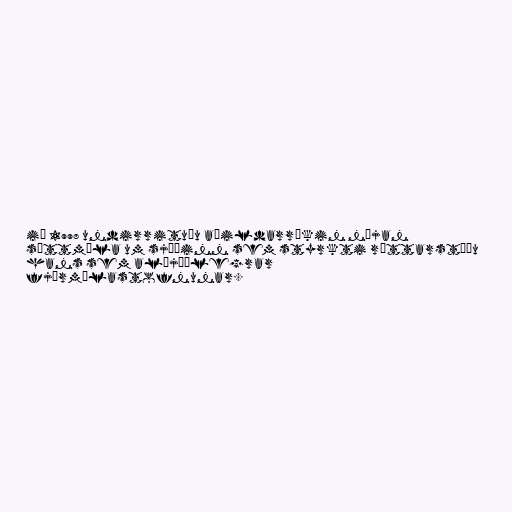
ið 1998 undirrituðu aðildarríkin nýjan
sáttmála um sjóðinn sem styrkti réttarstöðu
hans sem alþjóðlegrar
fjármálastofnunar.